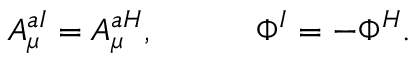
A _ { \mu } ^ { a I } = A _ { \mu } ^ { a H } , \ \ \ \ \ \ \ \ \ \Phi ^ { I } = - \Phi ^ { H } .